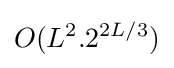
O(L^{2}.2^{2L/3})